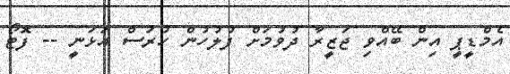
އެމްޑީޕީ އިން ބޭއްވި ޖަޒީރާ ދުވުމަށް ފުލުހުން ހުރަސް އަޅަނީ -- ފޮޓޯ